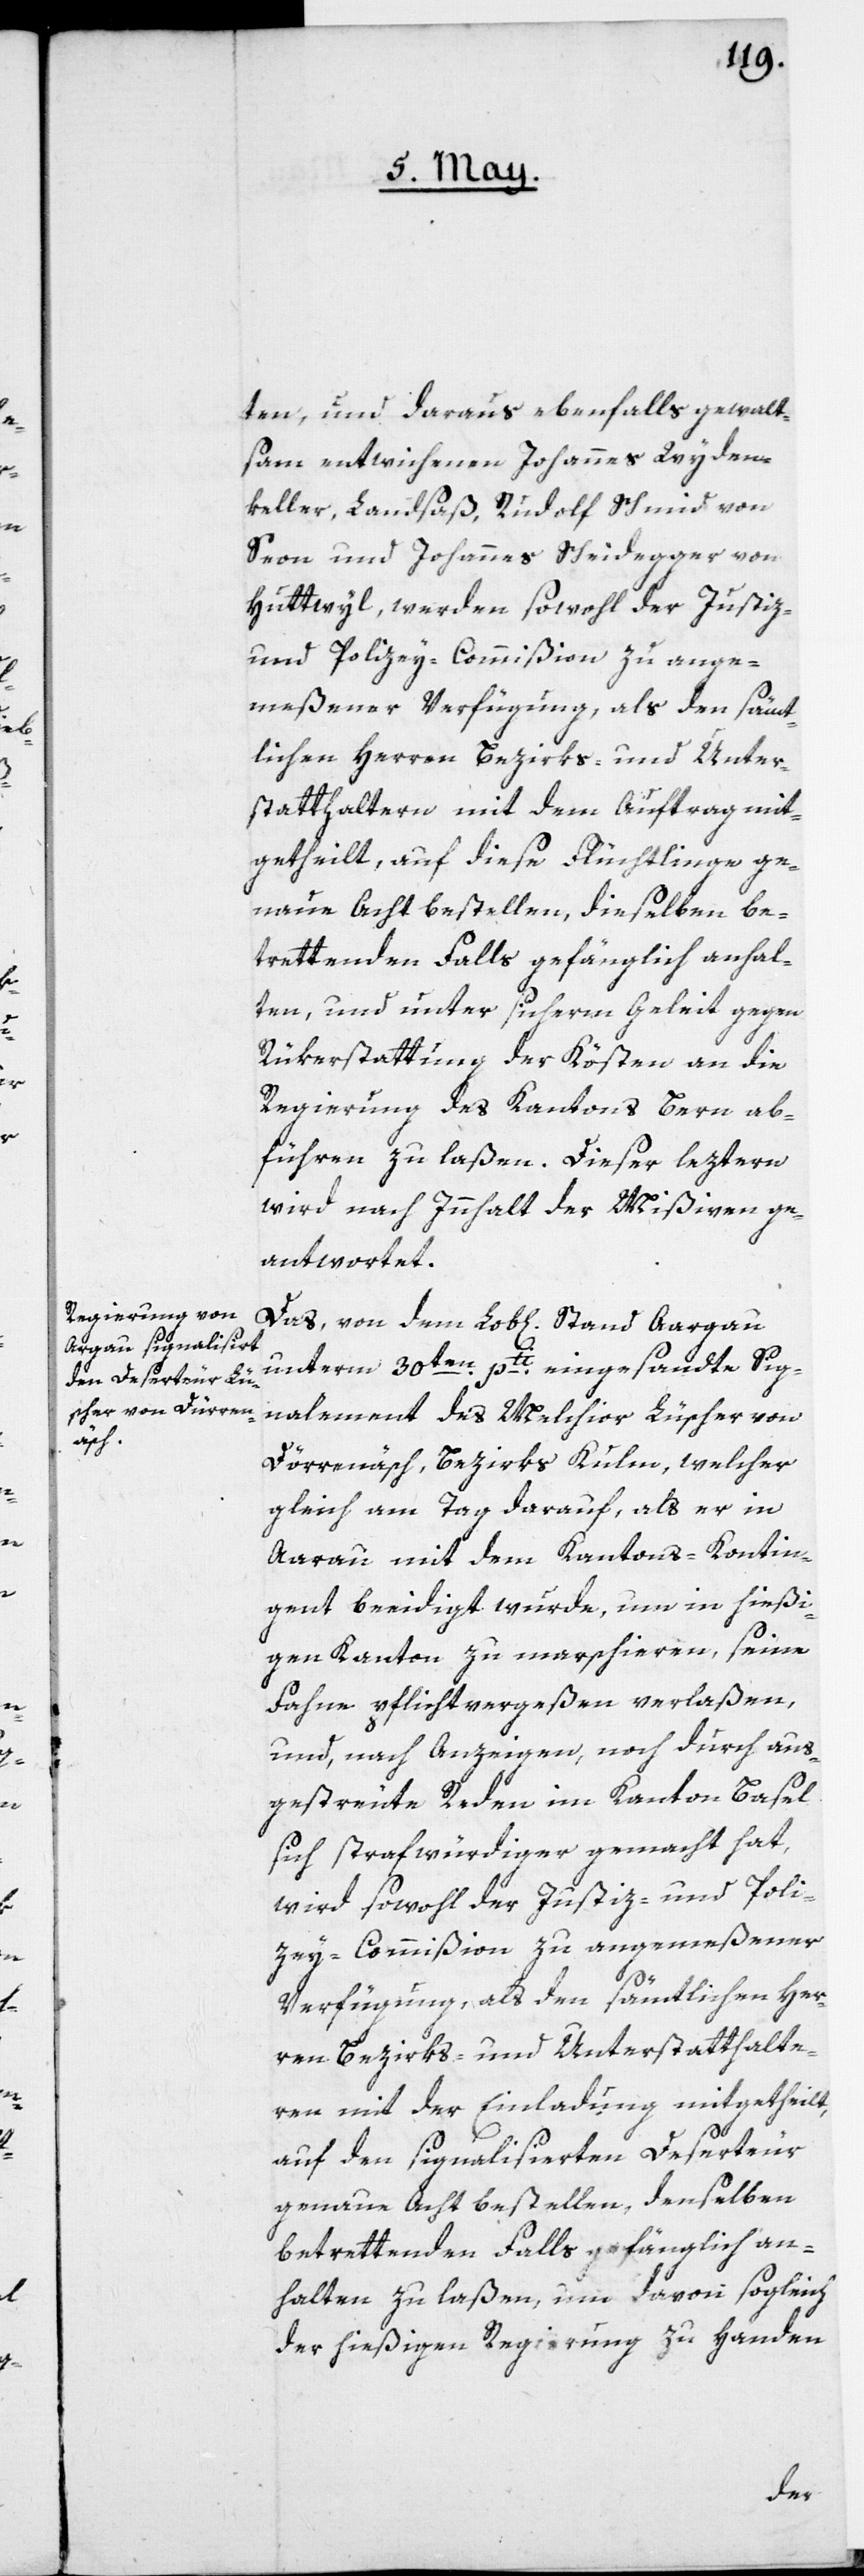
ten, und daraus ebenfalls gewalt¬
sam entwichenen Johannes Wyden¬
keller, Landsaß, Rudolf Schmid von
Seon und Johannes Scheidegger von
Huttwyl, werden sowohl der Justiz-
und Polizey-Commißion zu ange¬
meßener Verfügung, als den sämt¬
lichen Herren Bezirks- und Unter¬
statthaltern mit dem Auftrag mit¬
getheilt, auf diese Flüchtlinge ge¬
naue Acht bestellen, dieselben be¬
trettenden Falls gefänglich anhal¬
ten, und unter sicherm Geleit gegen
Rükerstattung der Kösten an die
Regierung des Kantons Bern ab¬
führen zu laßen. Dieser leztern
wird nach Innhalt der Mißiven ge¬
antwortet.
Das, von dem Lob[lichen] Stand Aargau
unterm 30ten pti eingesandte Sig¬
nalement des Melchior Lüscher von
Dörrenäsch, Bezirks Kulm, welcher
gleich am Tag darauf, als er in
Aarau mit dem Kantons-Kontin¬
gent beeidigt wurde, um in hießi¬
gen Kanton zu marschieren, seine
Fahne pflichtvergeßen verlaßen,
und, nach Anzeigen, noch durch aus¬
gestreute Reden im Kanton Basel
sich strafwürdiger gemacht hat,
wird sowohl der Justiz- und Poli¬
zey-Commißion zu angemeßener
Verfügung, als den sämtlichen Her¬
ren Bezirks- und Unterstatthalte¬
ren mit der Einladung mitgetheilt,
auf den signalisierten Deserteur
genaue Acht bestellen, denselben
betrettenden Falls gefänglich an¬
halten zu laßen, um davon sogleich
der hießigen Regierung zu Handen